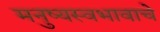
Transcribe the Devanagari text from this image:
मनुष्यस्वभावाचे